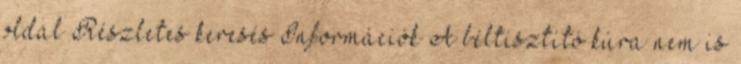
oldal Részletes keresés Információk A béltisztító kúra nem is